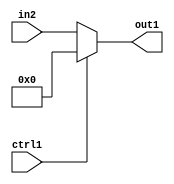
`timescale 1ps / 1ps
/*****************************************************************************
    Verilog RTL Description
    
    
    Created by: CellMath Designer 2019.1.01 
*******************************************************************************/

module fp_cmp_Muxi0u23u1_1 (
	in2,
	ctrl1,
	out1
	); /* architecture "behavioural" */ 
input [22:0] in2;
input  ctrl1;
output [22:0] out1;
wire [22:0] asc001;

reg [22:0] asc001_tmp_0;
assign asc001 = asc001_tmp_0;
always @ (ctrl1 or in2) begin
	case (ctrl1)
		1'B1 : asc001_tmp_0 = 23'B00000000000000000000000 ;
		default : asc001_tmp_0 = in2 ;
	endcase
end

assign out1 = asc001;
endmodule

/* CADENCE  uLb5Qg0= : u9/ySgnWtBlWxVPRXgAZ4Og= ** DO NOT EDIT THIS LINE ******/